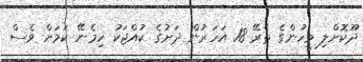
ދޫކޮށްލި މީހުންގެ ތެރޭ 18 އަހަރުން ދަށުގެ ކުއްޖަކު ހިމެނޭ ކަމަށް ވެސް